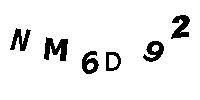
NM6D92